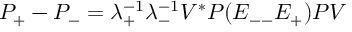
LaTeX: P _ { + } - P _ { - } = \lambda _ { + } ^ { - 1 } \lambda _ { - } ^ { - 1 } V ^ { * } P ( E _ { -- } E _ { + } ) P V